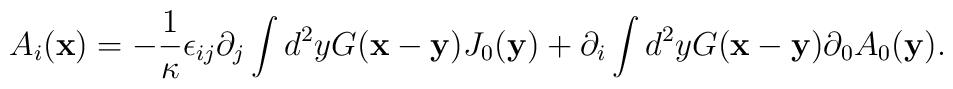
A_i({\bf x})=-\frac{1}{\kappa}\epsilon_{ij}\partial_j \int d^2 y G({\bf x} - {\bf y})J_0({\bf y}) + \partial_i\int d^2 y G({\bf x} - {\bf y})\partial_0 A_{0}({\bf y}).